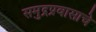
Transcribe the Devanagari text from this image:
समुद्रप्रवासाचे